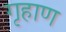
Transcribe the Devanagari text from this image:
गृहाण